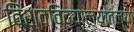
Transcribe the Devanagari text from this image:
विश्वविद्यालयातल्या